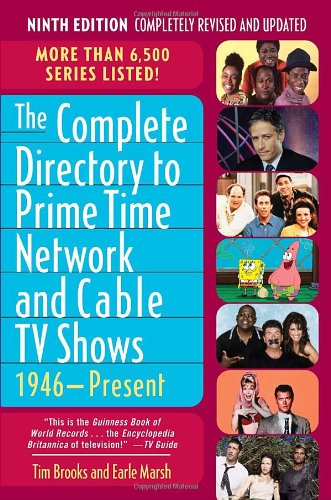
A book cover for The Complete Directory to Prime Time Network and Cable TV Shows, 1946-Present; Tim Brooks; Humor & Entertainment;